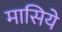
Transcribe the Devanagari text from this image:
मासिये